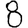
Digit: 8